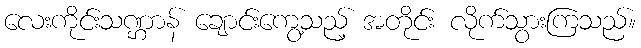
လေးကိုင်းသဏ္ဌာန် ချောင်းကွေ့သည့် အတိုင်း လိုက်သွားကြသည်။